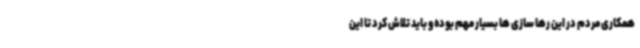
همکاری مردم در این رها سازی ها بسیار مهم بوده و باید تلاش کرد تا این